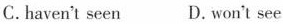
C.haven't seen D.won't see